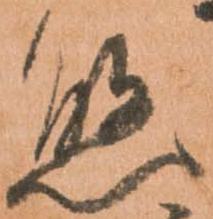
懸